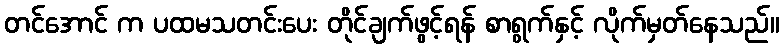
တင်အောင် က ပထမသတင်းပေး တိုင်ချက်ဖွင့်ရန် စာရွက်နှင့် လိုက်မှတ်နေသည်။